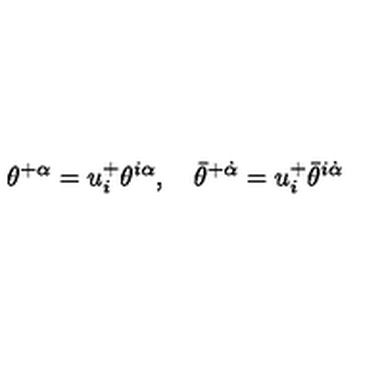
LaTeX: \theta ^ { + \alpha } = u _ { i } ^ { + } \theta ^ { i \alpha } , \quad \bar { \theta } ^ { + \dot { \alpha } } = u _ { i } ^ { + } \bar { \theta } ^ { i \dot { \alpha } }